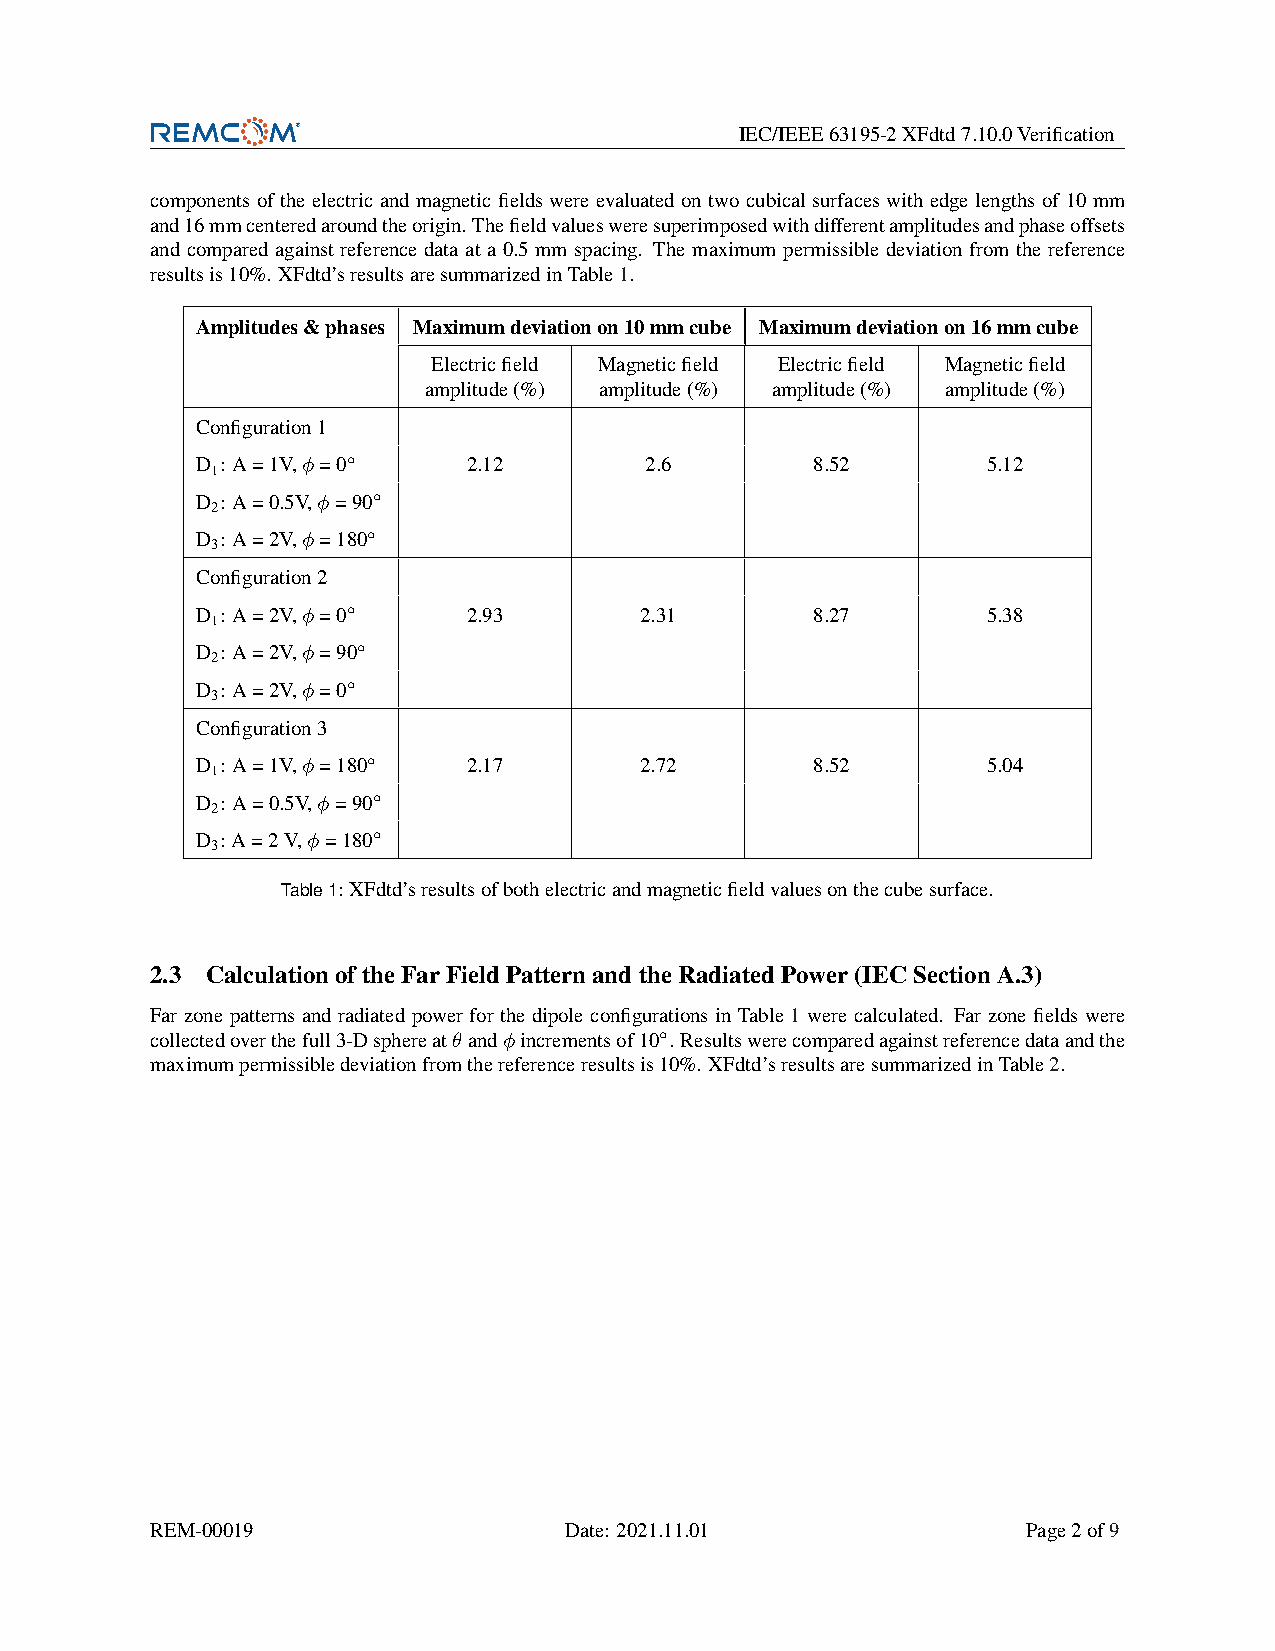
IEC/IEEE63195-2XFdtd7.10.0Verification
 components of the electric and magnetic fields were evaluated on two cubical surfaces with edge lengths of 10 mm
 and16mmcenteredaroundtheorigin.Thefieldvaluesweresuperimposedwithdifferentamplitudesandphaseoffsets
 and compared against reference data at a 0.5 mm spacing. The maximum permissible deviation from the reference
 resultsis10%. XFdtd’sresultsaresummarizedinTable1.
 Amplitudes&phases Maximumdeviationon10mmcube Maximumdeviationon16mmcube
 Electricfield Magneticfield Electricfield Magneticfield
 amplitude(%) amplitude(%) amplitude(%) amplitude(%)
 Configuration1
 D : A=1V,φ=0◦     2.12        2.6        8.52       5.12
 1
 D : A=0.5V,φ=90◦
 2
 D : A=2V,φ=180◦
 3
 Configuration2
 D : A=2V,φ=0◦     2.93       2.31        8.27       5.38
 1
 D : A=2V,φ=90◦
 2
 D : A=2V,φ=0◦
 3
 Configuration3
 D : A=1V,φ=180◦   2.17       2.72        8.52       5.04
 1
 D : A=0.5V,φ=90◦
 2
 D : A=2V,φ=180◦
 3
 Table1: XFdtd’sresultsofbothelectricandmagneticfieldvaluesonthecubesurface.
 2.3 CalculationoftheFarFieldPatternandtheRadiatedPower(IECSectionA.3)
 Far zone patterns and radiated power for the dipole configurations in Table 1 were calculated. Far zone fields were
 collectedoverthefull3-Dsphereatθandφincrementsof10◦. Resultswerecomparedagainstreferencedataandthe
 maximumpermissibledeviationfromthereferenceresultsis10%. XFdtd’sresultsaresummarizedinTable2.
 REM-00019                  Date: 2021.11.01               Page2of9